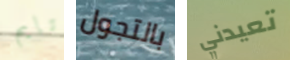
تايم بالتجول تعيدني